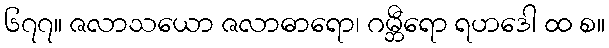
၆၇၇။ ဇလာသယော ဇလာဓာရော၊ ဂမ္ဘီရော ရဟဒေါ ထ စ။